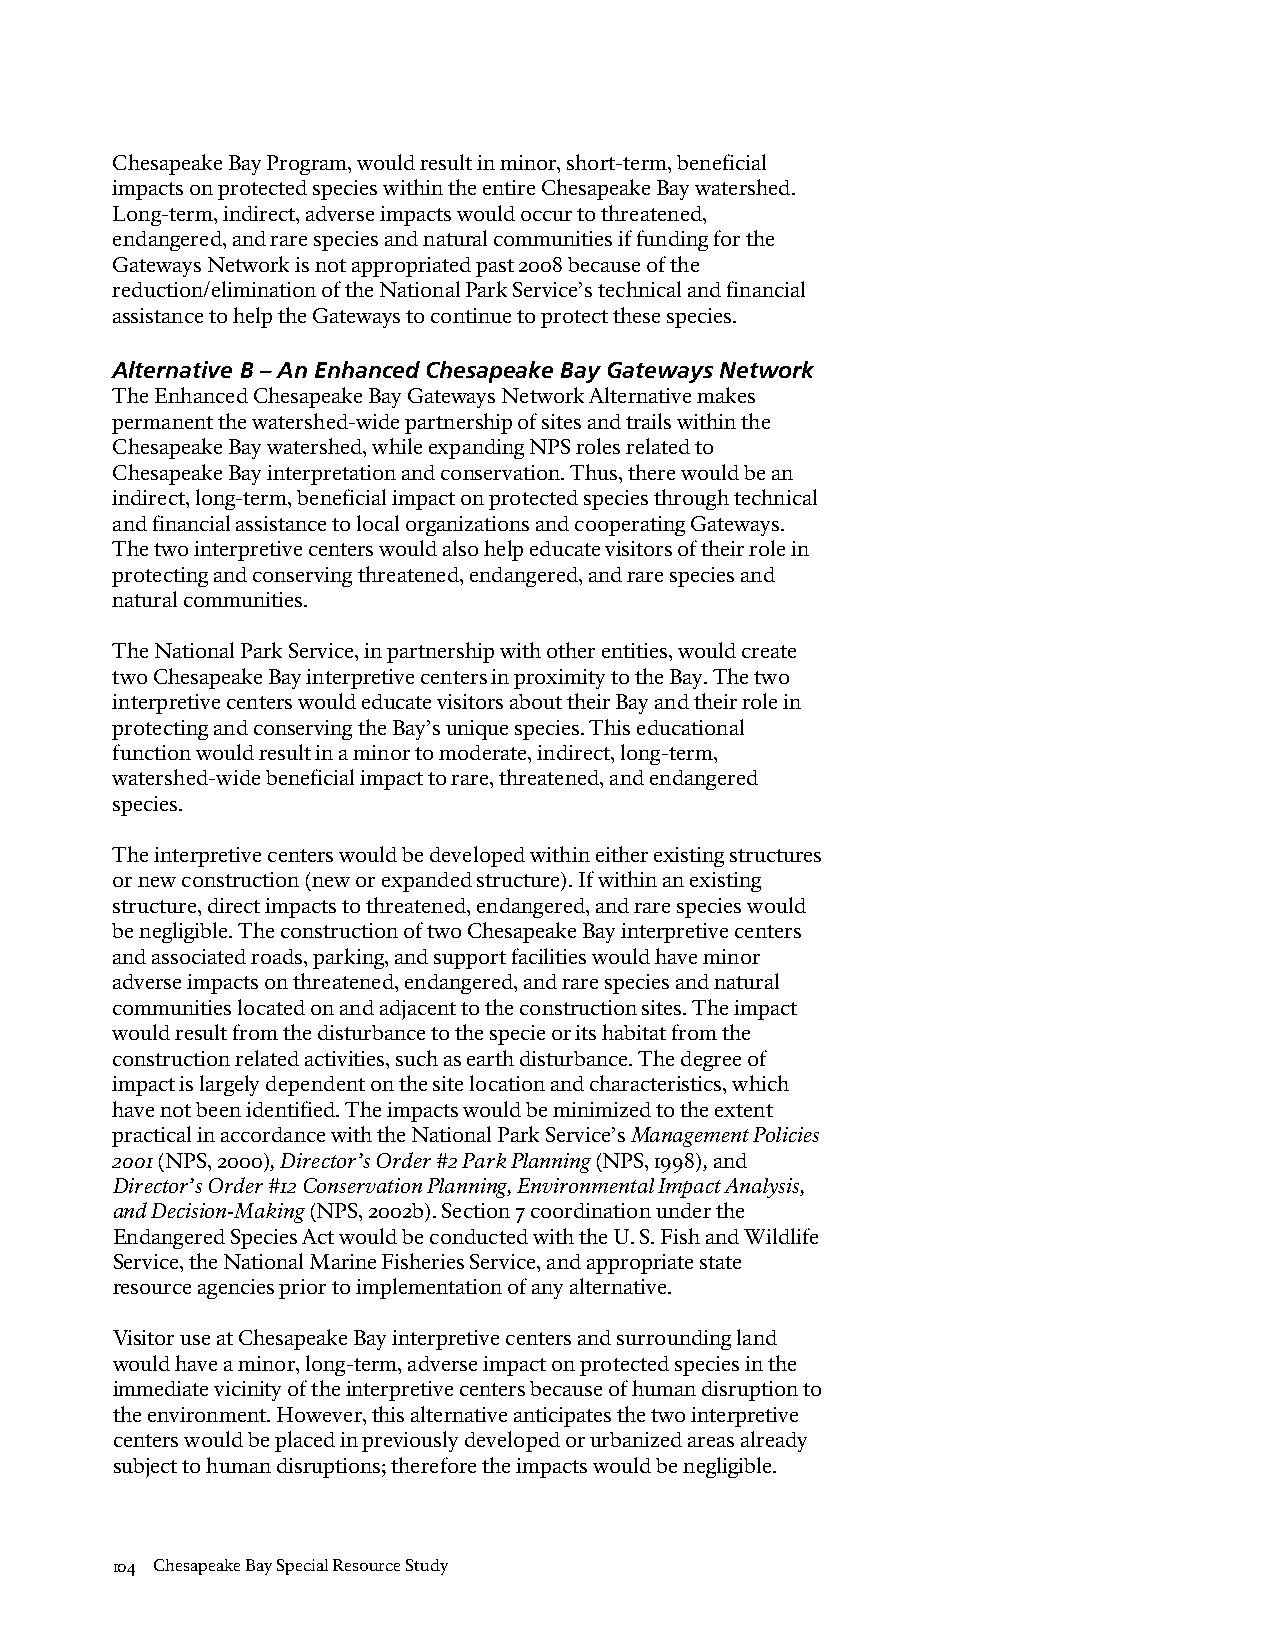
Chesapeake Bay Program, would result in minor, short-term, beneficial
 impacts on protected species within the entire Chesapeake Bay watershed.
 Long-term, indirect, adverse impacts would occur to threatened,
 endangered, and rare species and natural communities if funding for the
 Gateways Network is not appropriated past 2008 because of the
 reduction/elimination of the National Park Service’s technical and financial
 assistance to help the Gateways to continue to protect these species.
 Alternative B – An Enhanced Chesapeake Bay Gateways Network
 The Enhanced Chesapeake Bay Gateways Network Alternative makes
 permanent the watershed-wide partnership of sites and trails within the
 Chesapeake Bay watershed, while expanding NPS roles related to
 Chesapeake Bay interpretation and conservation. Thus, there would be an
 indirect, long-term, beneficial impact on protected species through technical
 and financial assistance to local organizations and cooperating Gateways.
 The two interpretive centers would also help educate visitors of their role in
 protecting and conserving threatened, endangered, and rare species and
 natural communities.
 The National Park Service, in partnership with other entities, would create
 two Chesapeake Bay interpretive centers in proximity to the Bay. The two
 interpretive centers would educate visitors about their Bay and their role in
 protecting and conserving the Bay’s unique species. This educational
 function would result in a minor to moderate, indirect, long-term,
 watershed-wide beneficial impact to rare, threatened, and endangered
 species.
 The interpretive centers would be developed within either existing structures
 or new construction (new or expanded structure). If within an existing
 structure, direct impacts to threatened, endangered, and rare species would
 be negligible. The construction of two Chesapeake Bay interpretive centers
 and associated roads, parking, and support facilities would have minor
 adverse impacts on threatened, endangered, and rare species and natural
 communities located on and adjacent to the construction sites. The impact
 would result from the disturbance to the specie or its habitat from the
 construction related activities, such as earth disturbance. The degree of
 impact is largely dependent on the site location and characteristics, which
 have not been identified. The impacts would be minimized to the extent
 practical in accordance with the National Park Service’s Management Policies
 2001 (NPS, 2000), Director’s Order #2 Park Planning (NPS, 1998), and
 Director’s Order #12 Conservation Planning, Environmental Impact Analysis,
 and Decision-Making (NPS, 2002b). Section 7 coordination under the
 Endangered Species Act would be conducted with the U. S. Fish and Wildlife
 Service, the National Marine Fisheries Service, and appropriate state
 resource agencies prior to implementation of any alternative.
 Visitor use at Chesapeake Bay interpretive centers and surrounding land
 would have a minor, long-term, adverse impact on protected species in the
 immediate vicinity of the interpretive centers because of human disruption to
 the environment. However, this alternative anticipates the two interpretive
 centers would be placed in previously developed or urbanized areas already
 subject to human disruptions; therefore the impacts would be negligible.
 104 Chesapeake Bay Special Resource Study